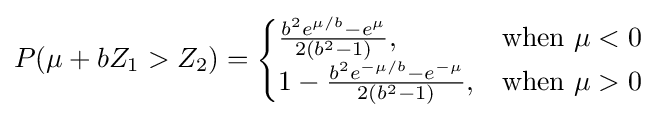
P(\mu +bZ_{1}>Z_{2})={\begin{cases}{\frac {b^{2}e^{\mu /b}-e^{\mu }}{2(b^{2}-1)}},&{\text{when }}\mu <0\\1-{\frac {b^{2}e^{-\mu /b}-e^{-\mu }}{2(b^{2}-1)}},&{\text{when }}\mu >0\\\end{cases}}